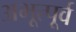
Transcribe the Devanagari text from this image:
अभूत्पूर्व